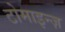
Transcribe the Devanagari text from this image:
टोमाइन्ज़